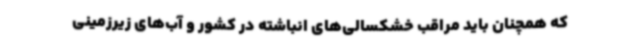
که همچنان باید مراقب خشکسالی‌های انباشته در کشور و آب‌های زیرزمینی